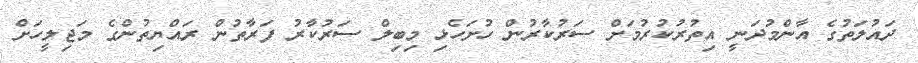
ދައުލަތުގެ އާންމުދަނީ އިތުރުކުރުމަށް ސަރުކާރުން ހުށަހެޅި މިބިލް ސަރުކާރު ފަރާތުން ރައްޔިތުންގެ މަޖިލީހަށް